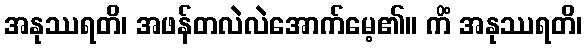
အနုဿရတိ၊ အဖန်တလဲလဲအောက်မေ့၏။ ကိံ အနုဿရတိ၊